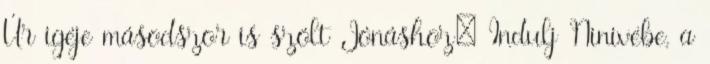
Úr igéje másodszor is szólt Jónáshoz: Indulj Ninivébe, a